Report on sanitation, dispensaries, and jails in Rajputana for 1910, and on vaccination for the year 1910-1911 - 1910-1911
Year: 1910
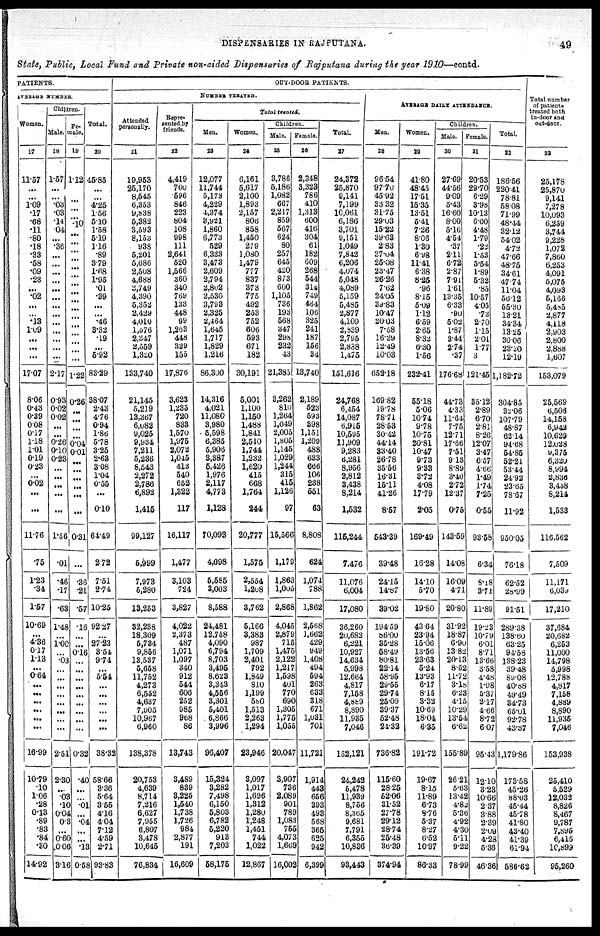
DISPENSARIES IN RAJPUTANA.
49
State, Public, Local Fund and Private non-aided Dispensaries of Rajputana during the year 1910—contd.
PATIENTS.
AVERAGE NUMBER.
Women.
17
11.57
...
...
1.09
.17
.68
.11
.80
.18
.33
.58
.09
.23
...
.02
...
...
.13
1.09
...
...
...
17.07
8.06
0.43
0.39
0.08
0.17
1.18
1.01
0.19
0.23
...
0.02
...
...
11.76
.75
1.23
.34
1.57
10.69
...
4.36
0.17
1.13
...
0.64
...
...
...
...
...
...
16.99
10.79
.10
1.06
.28
0.13
.89
.83
.84
.30
14.92
Children.
Male.
18
1.57
...
...
.03
.03
.14
.04
...
.36
...
...
...
...
...
...
...
...
...
...
...
...
...
2.17
0.93
0.02
0.02
...
...
0.26
0.10
0.23
...
...
...
...
...
1.56
.01
.46
.17
.63
1.48
...
1.00
...
.03
...
...
...
...
...
...
...
...
2.51
2.30
...
. 03
.10
0.04
0.3
...
0.60
0.06
3.16
Fe-
male.
19
1.12
...
...
...
...
.10
...
...
...
...
...
...
...
...
...
...
...
...
...
...
...
...
1.22
0.26
...
...
...
...
0.04
0.01
...
...
...
...
...
...
0.31
...
.36
.21
.57
.16
...
...
0.16
...
...
...
...
...
...
...
...
...
0.32
.40
...
...
.01
...
.04
...
...
.13
0.58
Total.
20
45.85
...
...
4.25
1.56
5.10
1.58
5.19
1.16
.89
3.79
1.68
1.95
.01
.39
...
...
.46
3.32
.19
...
5.92
83.29
38.07
2.43
4.76
0.94
1.86
5.78
3.25
2.63
3.08
1.04
0.55
...
0.10
64.49
2.72
7.51
2.74
10.25
92.27
...
27.23
3.54
9.74
...
5.54
...
...
...
...
...
...
38.32
58.66
3.36
5.64
3.55
4.16
4.04
7.12
4.59
2.71
93.83
OUT-DOOR PATIENTS.
NUMBER TREATED.
Attended
personally.
21
19,953
25,170
8,545
6,353
9,838
5,382
3,593
8,153
938
5,201
5,686
2,508
4,688
3,749
4,390
5,352
2,429
4,010
1,376
2,347
2,559
1,320
133,740
21,145
5,219
13,367
6,082
9,025
9,934
7,211
5,236
8,543
2,272
2,786
6,892
1,415
99,127
5,999
7,973
5,280
13,253
32,238
18,309
5,734
9,856
13,537
5,658
11,752
4,273
6,552
4,637
7,905
10,967
6,960
138,378
20,753
4,639
8,714
7,216
6,627
7,955
6,807
3,478
10,645
76,834
Repre-
sented by
friends.
22
4,419
700
596
846
223
804
108
998
111
2,641
520
1,566
360
340
769
133
448
99
1,263
448
329
155
17,876
3,623
1,235
720
833
1,570
1,975
2,072
1,045
413
540
652
1,322
117
16,117
1,477
3,103
724
3,827
4,022
2,373
487
1,071
1,097
340
912
544
606
252
985
968
86
13,743
3,489
839
3,225
1,540
1,738
1,726
984
2,877
191
16,609
Total treated.
Men.
23
12,077
11,744
5,173
4,229
4,374
3,921
1,860
6,773
529
6,323
3,473
2,609
2,794
2,802
2,530
3,793
2,325
2,464
1,645
1,717
1,829
1,216
86,300
14,316
4,021
11,080
3,980
5,598
6,385
5,906
3,387
5,426
1,976
2,117
4,773
1,128
70,093
4,098
5,585
3,003
8,588
24,481
12,758
4,090
6,794
8,703
3,495
8,623
3,343
4,556
3,301
5,401
6,866
3,996
96,407
15,324
3,282
7,498
6,150
5,803
6,782
5,220
913
7,203
58,175
Women.
24
6,161
5,617
2,100
1,893
2,157
806
858
1,450
279
1,080
1,479
777
837
373
775
492
253
752
606
593
671
182
30,191
5,001
1,100
1,150
1,488
1,841
2,510
1,744
1,232
1,620
415
668
1,764
244
20,777
1,575
2,554
1,208
3,762
5,166
3,383
987
1,709
2,401
792
1,849
810
1,199
580
1,513
2,263
1,294
23,946
3,097
1,017
1,696
1,312
1,280
1,248
1,451
744
1,022
12,867
Children.
Male.
25
3,786
5,186
1,082
667
2,217
859
567
624
80
257
645
420
873
600
1,105
736
193
568
347
298
232
43
21,385
3,262
810
1,264
1,049
2,005
1,805
1,145
1,029
1,244
315
415
1,126
97
15,566
1,179
1,863
1,005
2,868
4,045
2,879
715
1,475
2,122
1,217
1,598
401
770
690
1,305
1,775
1,055
20,047
3,907
736
2,089
901
789
1,083
755
4,073
1,669
16,002
Female.
26
2,348
3,323
786
410
1,313
600
416
304
61
182
609
268
544
314
749
464
106
325
241
187
156
34
13,740
2,189
523
593
398
1,151
1,209
488
633
666
106
238
551
63
8,808
624
1,074
788
1,862
2,568
1,662
429
949
1,408
494
594
263
633
318
671
1,031
701
11,721
1,914
443
656
393
493
568
365
625
942
6,399
Total.
27
24,372
25,870
9,141
7,199
10,061
6,186
3,701
9,151
1,049
7,842
6,206
4,074
5,048
4,089
5,159
5,485
2,877
4,109
2,839
2,795
2,888
1,475
151,616
24,768
6,454
14,087
6,915
10,595
11,909
9,283
6,281
8,956
2,812
3,438
8,214
1,532
115,244
7,476
11,076
6,004
17,080
36,260
20,682
6,221
10,927
14,634
5,998
12,664
4,817
7,158
4,889
8,890
11,935
7,046
152,121
24,242
5,478
11,939
8,756
8,365
9,681
7,791
6,355
10,836
93,443
AVERAGE DAILY ATTENDANCE.
Men.
28
96.54
97.70
45.92
33.32
31.75
29.03
15.22
39.63
2.83
37.04
25.08
23.47
26.26
7.62
24.05
39.83
10.47
20.03
7.58
16.29
12.49
10.03
652.18
169.82
19.78
78.71
28.53
30.42
44.14
33.40
26.78
35.56
16.31
15.11
41.26
8.57
543.39
39.48
24.15
14.87
39.02
194.59
86.00
35.28
58.49
80.81
22.14
58.95
29.55
29.74
25.09
39.37
52.48
24.32
736.82
115.60
28.25
52.06
31.52
27.78
29.12
28.74
25.48
36.39
374.94
Women.
29
41.80
48.45
17.51
15.35
13.51
5.41
7.26
8.06
1.30
6.98
11.41
6.38
8.25
.96
8.15
5.09
1.12
6.59
2.65
8.32
6.30
1.56
232.41
55.18
5.06
10.74
9.78
10.75
20.81
10.47
9.73
9.33
3.72
4.08
17.79
2.05
169.49
16.28
14.10
5.70
19.80
43.64
23.94
15.06
13.56
23.63
5.24
13.93
6.17
8.15
3.32
10.69
18.04
6.35
191.72
19.67
8.15
11.89
6.73
8.76
5.37
8.27
6.52
10.97
86.33
Children.
Male.
30
27.69
44.56
9.09
5.43
16.60
8.00
5.16
4.54
.37
2.11
6.72
2.87
7.91
1.61
13.35
6.33
.90
5.02
1.87
3.44
2.74
.37
176.68
44.73
4.33
11.64
7.75
12.71
17.66
7.51
9.13
8.89
3.40
2.72
12.37
0.75
143.59
14.08
16.09
4.71
20.80
31.92
18.87
6.90
13.82
20.13
8.52
11.72
3.18
6.23
4.15
10.29
13.54
6.62
155.89
26.21
5.63
13.42
4.82
5.36
4.92
4.30
5.11
9.22
78.99
Female.
31
20.53
29.70
6.29
3.98
10.13
6.00
4.48
1.79
.22
1.53
5.54
1.89
5.32
.85
10.57
4.05
.72
2.70
1.15
2.01
1.77
3
121.45
35.12
2.89
6.70
2.81
8.26
12.07
3.47
6.57
4.66
1.49
1.74
7.25
0.55
93.58
6.34
8.18
3.71
11.89
19.23
10.79
6.01
8.71
13.66
3.58
4.48
1.98
5.37
2.17
4.66
8.72
6.07
95.43
12.10
3.23
10.66
2.37
3.88
2.39
2.09
4.28
5.36
46.36
Total.
32
186.56
220.41
78.81
58.08
71.99
48.44
32.12
54.02
4.72
47.66
48.75
34.61
47.74
11.04
56.12
55.30
13.21
34.34
13.25
30.06
23.30
12.19
1,182.72
304.85
32.06
107.79
48.87
62.14
94.68
54.85
52.21
53.44
24.92
23.65
78.67
11.92
950.05
76.18
62.52
28.99
91.51
289.38
138.60
63.25
94.58
138.23
39.48
89.08
40.88
49.49
34.73
65.01
92.78
43.37
1,179.86
173.58
45.26
88.03
45.44
45.78
41.80
43.40
41.39
61.94
586.62
Total number
of patients
treated both
in-door and
out-door.
33
25,178
25,870
9,141
7,278
10,093
6,259
3,744
9,228
1,072
7,860
6,253
4,091
5,075
4,093
5,166
5,485
2,877
4,118
2,903
2,800
2,888
1,607
153,079
25,569
6,506
14,158
6,942
10,629
12,028
9,375
6,320
8,994
2,836
3,458
8,214
1,533
116,562
7,509
11,171
6,039
17,210
37,684
20,682
6,253
11,000
14,798
5,998
12,788
4,817
7,158
4,889
8,890
11,935
7,046
153,938
25,410
5,529
12,032
8,826
8,467
9,787
7,895
6,415
10,899
95,260